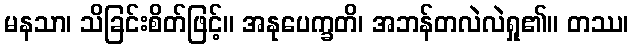
မနသာ၊ သိခြင်းစိတ်ဖြင့်။ အနုပေက္ခတိ၊ အဘန်တလဲလဲရှု၏။ တဿ၊